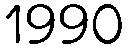
1990